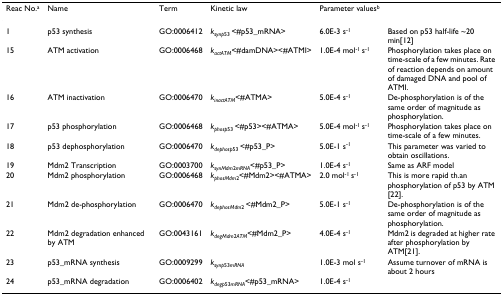
| Reac No.a | Name | Term | Kinetic law | Parameter valuesb |  |
 | --- | --- | --- | --- | --- | --- |
 | 1 | p53 synthesis | GO:0006412 | ksynp53 <#p53_mRNA> | 6.0E-3 s-1 | Based on p53 half-life ~20 min[12] |
 | 15 | ATM activation | GO:0006468 | kactATM<#damDNA><#ATMI> | 1.0E-4 mol-1 s-1 | Phosphorylation takes place on time-scale of a few minutes. Rate of reaction depends on amount of damaged DNA and pool of ATMI. |
 | 16 | ATM inactivation | GO:0006470 | kinactATM<#ATMA> | 5.0E-4 s-1 | De-phosphorylation is of the same order of magnitude as phosphorylation. |
 | 17 | p53 phosphorylation | GO:0006468 | kphosp53 <#p53><#ATMA> | 5.0E-4 mol-1 s-1 | Phosphorylation takes place on time-scale of a few minutes. |
 | 18 | p53 dephosphorylation | GO:0006470 | kdephosp53 <#p53_P> | 5.0E-1 s-1 | This parameter was varied to obtain oscillations. |
 | 19 | Mdm2 Transcription | GO:0003700 | ksynMdm2mRNA<#p53_P> | 1.0E-4 s-1 | Same as ARF model |
 | 20 | Mdm2 phosphorylation | GO:0006468 | kphosMdm2<#Mdm2><#ATMA> | 2.0 mol-1 s-1 | This is more rapid th.an phosphorylation of p53 by ATM [22]. |
 | 21 | Mdm2 de-phosphorylation | GO:0006470 | kdephosMdm2 <#Mdm2_P> | 5.0E-1 s-1 | De-phosphorylation is of the same order of magnitude as phosphorylation. |
 | 22 | Mdm2 degradation enhanced by ATM | GO:0043161 | kdegMdm2ATM<#Mdm2_P> | 4.0E-4 s-1 | Mdm2 is degraded at higher rate after phosphorylation by ATM[21]. |
 | 23 | p53_mRNA synthesis | GO:0009299 | ksynp53mRNA | 1.0E-3 mol s-1 | Assume turnover of mRNA is about 2 hours |
 | 24 | p53_mRNA degradation | GO:0006402 | kdegp53mRNA<#p53_mRNA> | 1.0E-4 s-1 |  |